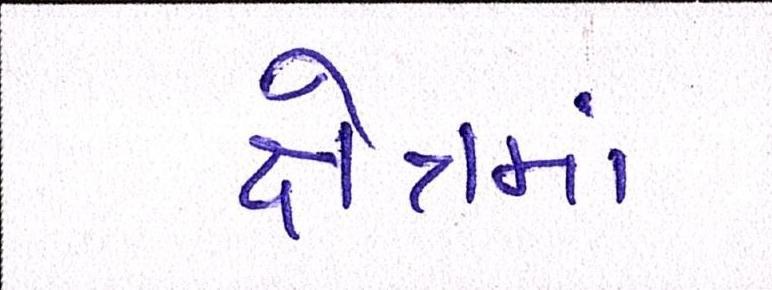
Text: ક્ષેત્રમાં